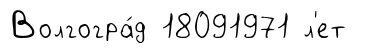
Волгогра́д 18091971 л'ет